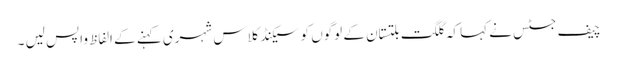
چیف جسٹس نے کہا کہ گلگت بلتستان کے لوگوں کو سیکنڈ کلاس شہری کہنے کے الفاظ واپس لیں ۔